Vaccination in Bombay 1863-1868 - 1863-1868
Year: 1863
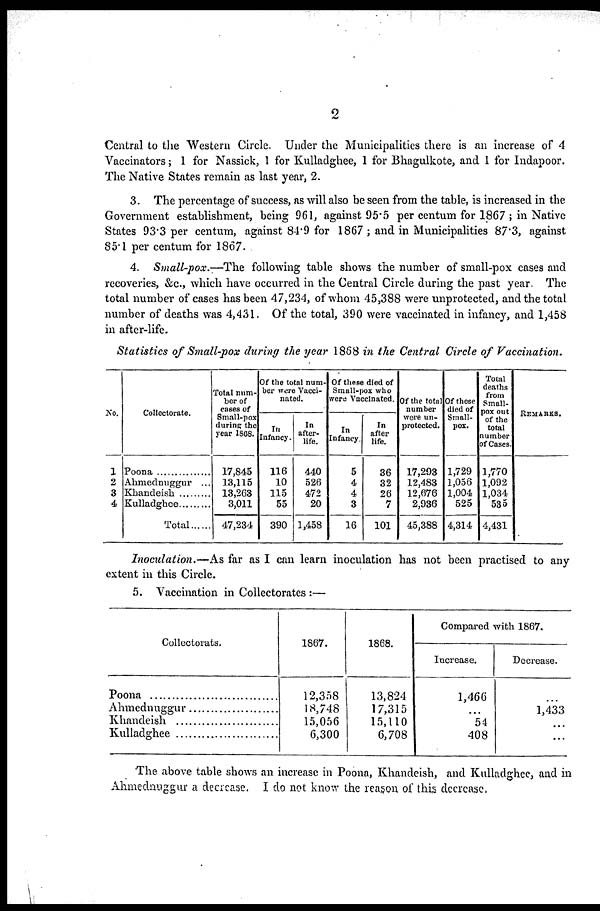
2
Central to the Western Circle. Under the Municipalities there is an increase of 4
Vaccinators; 1 for Nassick, 1 for Kulladghee, 1 for Bhagulkote, and 1 for Indapoor.
The Native States remain as last year, 2.
3. The percentage of success, as will also be seen from the table, is increased in the
Government establishment, being 961, against 95.5 per centum for 1867 ; in Native
States 93.3 per centum, against 84.9 for 1867 ; and in Municipalities 87.3, against
85.1 per centum for 1867.
4. Small-pox.—The following table shows the number of small-pox cases and
recoveries, &c., which have occurred in the Central Circle during the past year. The
total number of cases has been 47,234, of whom 45,388 were unprotected, and the total
number of deaths was 4,431. Of the total, 390 were vaccinated in infancy, and 1,458
in after-life.
Statistics of Small-pox during the year 1868 in the Central Circle of Vaccination.
No.
1
2
3
4
Collectorate.
Poona ............
Ahmednuggur ...
Khandeish ........
Kullandghee ........
Total......
Total num-
ber of
cases of
Small-pox
during the
year 1868.
17,845
13,115
13,263
3,011
47,234
Of the total num-
ber were Vacci-
nated.
In
Infancy.
116
10
115
55
390
In
after-
life.
440
526
472
20
1,458
Of these died of
Small-pox who
were Vaccinated.
In
Infancy.
5
4
4
3
16
In
after
life.
36
32
26
7
101
Of the total
number
were un-
protected.
17,293
12,483
12,676
2,936
45,388
Of these
died of
Small-
pox.
1,729
1,056
1,004
525
4,314
Total
deaths
from
Small-
pox out
of the
total
number
of Cases.
1,770
1,092
1,034
535
4,431
REMARKS.
Inoculation.—As far as I can learn inoculation has not been practised to any
extent in this Circle.
5. Vaccination in Collectorates :—
Collectorats.
Poona ............................
Ahmednuggur
Khandeish
kulladghee ....................
1867.
12,358
18,748
15,056
6,300
1868.
13,824
17,315
15,110
6,708
Compared with 1867.
Increase.
1,466
...
54
408
Decrease.
....
1,433
...
...
The above table shows an increase in Poona, Khandeish, and Kulladghee, and in
Ahmednuggur a decrease. I do not know the reason of this decrease.